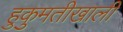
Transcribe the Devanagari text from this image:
हुकुमतीखाली